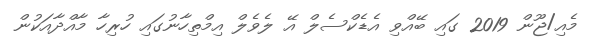
މެއި/ޖޫން 2019 ގައި ބޭއްވި އެޑެކްސެލް އޭ ލެވެލް އިމްތިހާނުގައި ހުރިހާ މާއްދާއަކުން